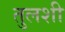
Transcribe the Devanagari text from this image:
तुलशी